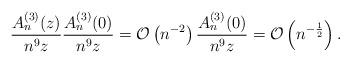
LaTeX: \begin{align*} \frac{A_n^{(3)}(z)}{n^9 z}\frac{A_n^{(3)}(0)}{n^9 z} &= \mathcal{O}\left(n^{-2}\right) \frac{A_n^{(3)}(0)}{n^9 z} = \mathcal{O}\left(n^{-\frac{1}{2}}\right).\end{align*}